Indian journal of veterinary science and animal husbandry - Volume 11,
Year: 1941
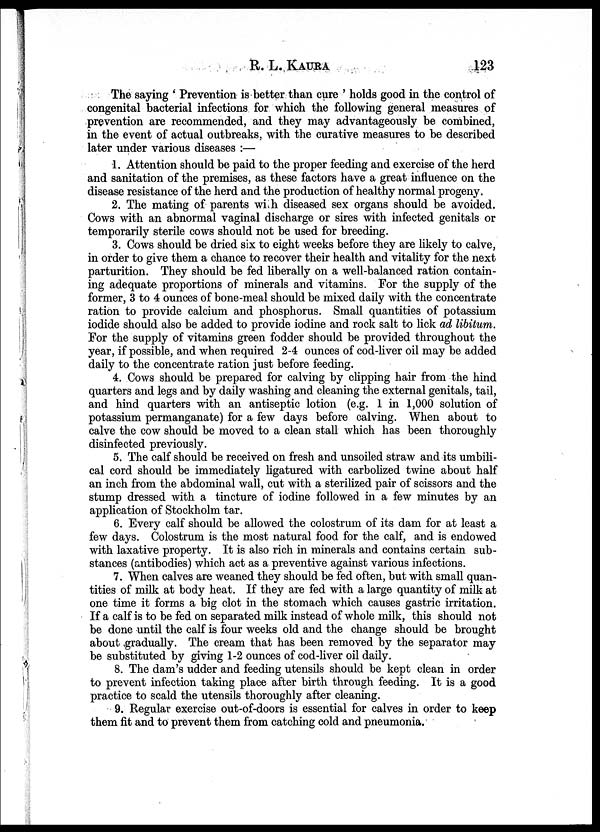
R. L.
KAURA
123
The saying ' Prevention is better than cure ' holds good in the control of
congenital bacterial infections for which the following general measures of
prevention are recommended, and they may advantageously be combined,
in the event of actual outbreaks, with the curative measures to be described
later under various diseases :—
1. Attention should be paid to the proper feeding and exercise of the herd
and sanitation of the premises, as these factors have a great influence on the
disease resistance of the herd and the production of healthy normal progeny.
2. The mating of parents with diseased sex organs should be avoided.
Cows with an abnormal vaginal discharge or sires with infected genitals or
temporarily sterile cows should not be used for breeding.
3. Cows should be dried six to eight weeks before they are likely to calve,
in order to give them a chance to recover their health and vitality for the next
parturition. They should be fed liberally on a well-balanced ration contain-
ing adequate proportions of minerals and vitamins. For the supply of the
former, 3 to 4 ounces of bone-meal should be mixed daily with the concentrate
ration to provide calcium and phosphorus. Small quantities of potassium
iodide should also be added to provide iodine and rock salt to lick ad libitum.
For the supply of vitamins green fodder should be provided throughout the
year, if possible, and when required 2-4 ounces of cod-liver oil may be added
daily to the concentrate ration just before feeding.
4. Cows should be prepared for calving by clipping hair from the hind
quarters and legs and by daily washing and cleaning the external genitals, tail,
and hind quarters with an antiseptic lotion (e.g. 1 in 1,000 solution of
potassium permanganate) for a few days before calving. When about to
calve the cow should be moved to a clean stall which has been thoroughly
disinfected previously.
5. The calf should be received on fresh and unsoiled straw and its umbili-
cal cord should be immediately ligatured with carbolized twine about half
an inch from the abdominal wall, cut with a sterilized pair of scissors and the
stump dressed with a tincture of iodine followed in a few minutes by an
application of Stockholm tar.
6. Every calf should be allowed the colostrum of its dam for at least a
few days. Colostrum is the most natural food for the calf, and is endowed
with laxative property. It is also rich in minerals and contains certain sub-
stances (antibodies) which act as a preventive against various infections.
7. When calves are weaned they should be fed often, but with small quan-
tities of milk at body heat. If they are fed with a large quantity of milk at
one time it forms a big clot in the stomach which causes gastric irritation.
If a calf is to be fed on separated milk instead of whole milk, this should not
be done until the calf is four weeks old and the change should be brought
about gradually. The cream that has been removed by the separator may
be substituted by giving 1-2 ounces of cod-liver oil daily.
8. The dam's udder and feeding utensils should be kept clean in order
to prevent infection taking place after birth through feeding. It is a good
practice to scald the utensils thoroughly after cleaning.
9. Regular exercise out-of-doors is essential for calves in order to keep
them fit and to prevent them from catching cold and pneumonia.